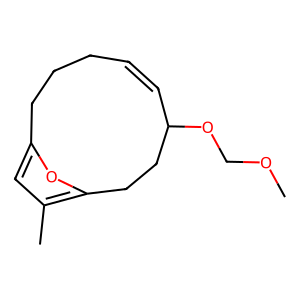
SMILES: COCOC1C=CCCCc2cc(C)c(o2)CC1
Inhibits HIV replication: No